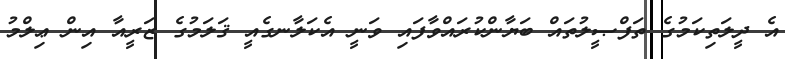
އެ ދީލަތިކަމުގެ ތަފްޞީލުތައް ބަޔާންކުރައްވާފައި ވަނީ އެކަލާނގެއީ ޤަލަމުގެ ޒަރީއާ އިން ޢިލްމު